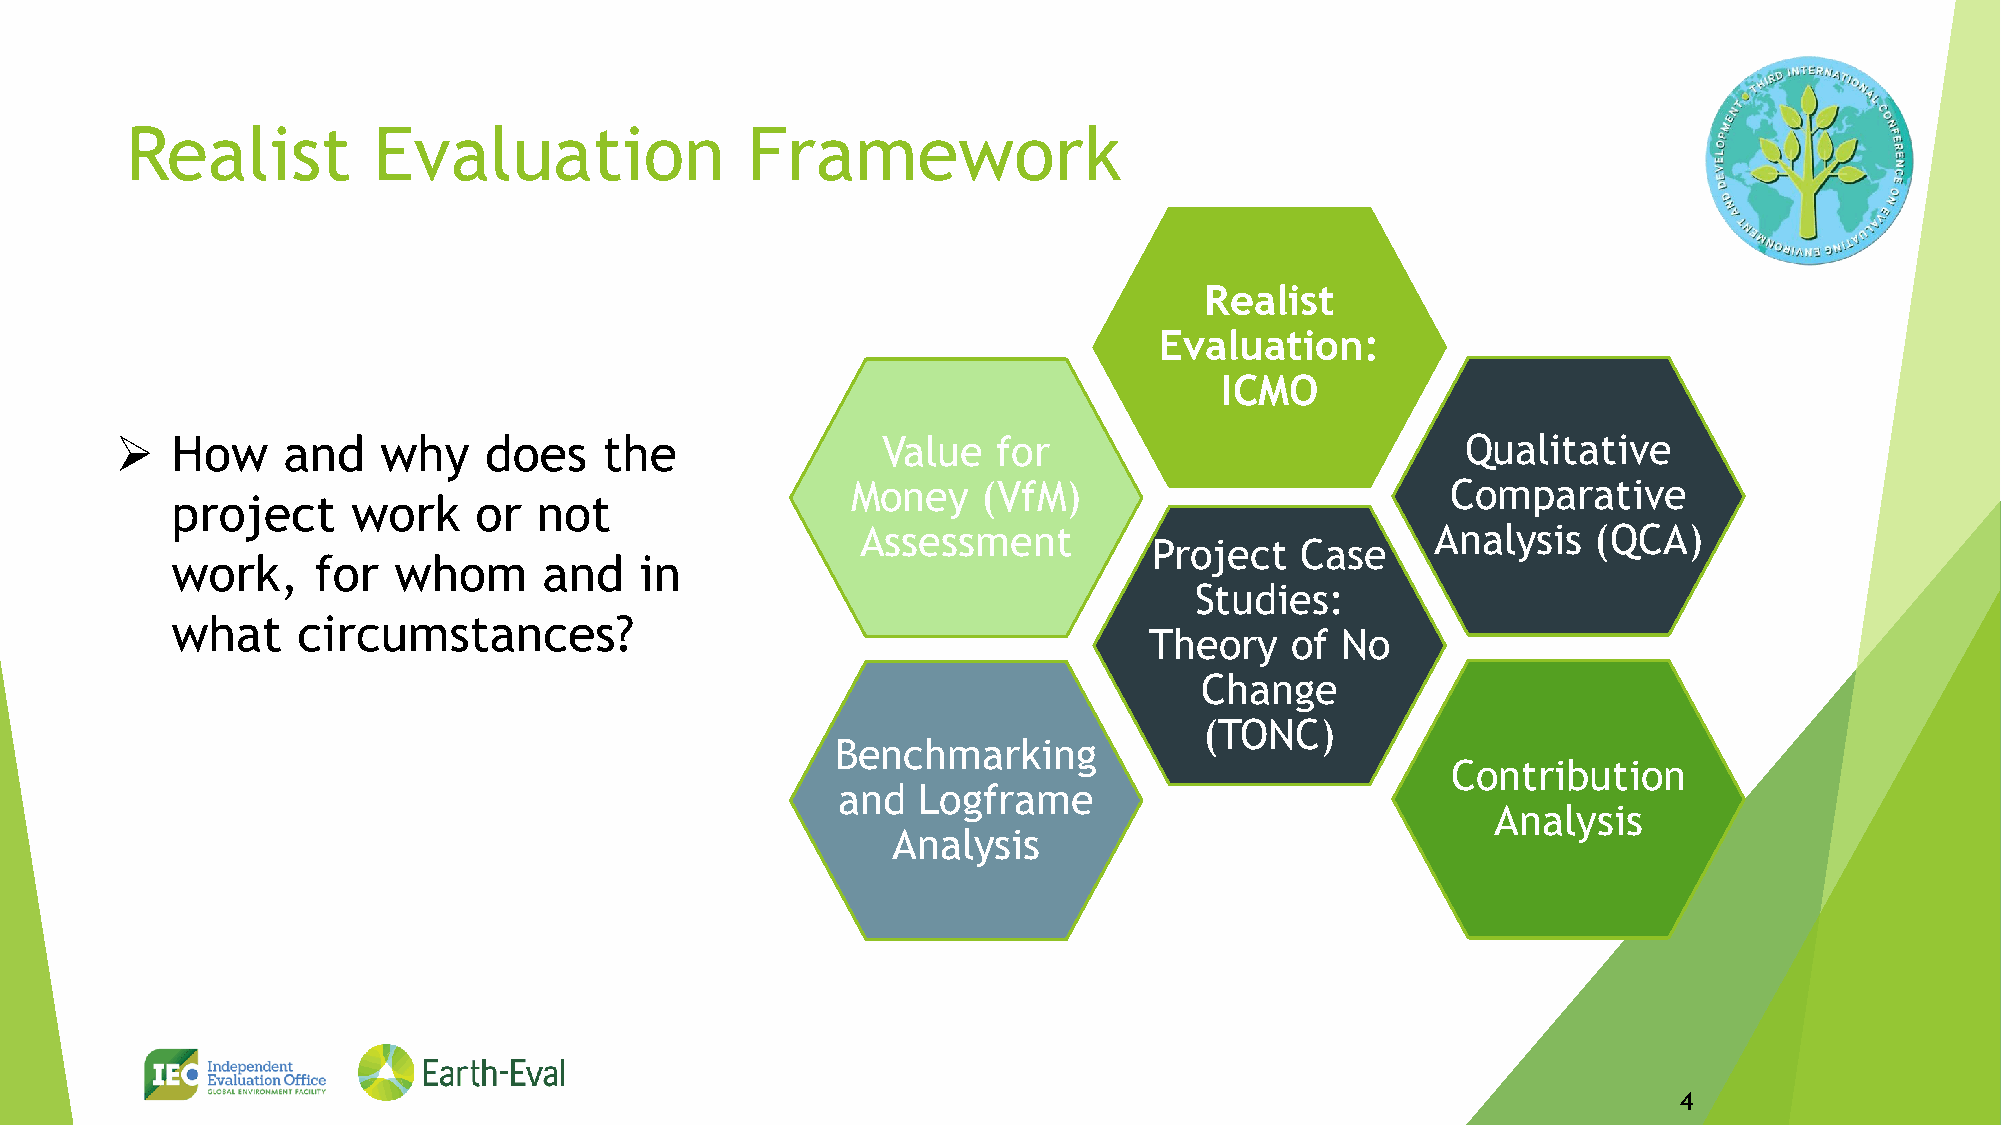
Realist          Evaluation              Framework
 Realist
 Evaluation:
 ICMO
 ➢  How     and   why    does    the               Value   for                            Qualitative
 Money    (VfM)                          Comparative
 project     work    or   not
 Assessment                            Analysis   (QCA)
 Project   Case
 work,     for  whom      and   in
 Studies:
 what     circumstances?
 Theory   of  No
 Change
 (TONC)
 Benchmarking
 Contribution
 and   Logframe
 Analysis
 Analysis
 Arepo Consult                                     4